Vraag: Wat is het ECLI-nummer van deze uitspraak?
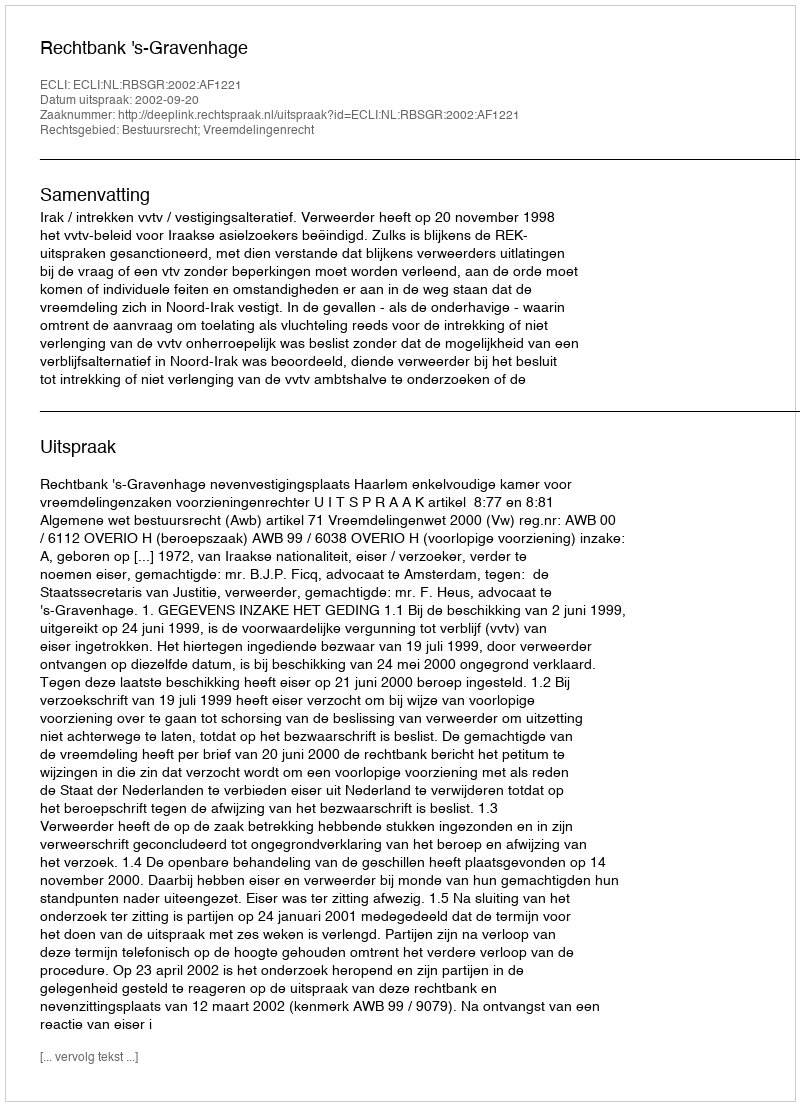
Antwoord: ECLI:NL:RBSGR:2002:AF1221